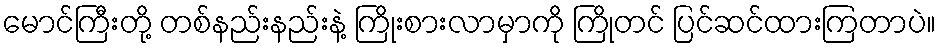
မောင်ကြီးတို့ တစ်နည်းနည်းနဲ့ ကြိုးစားလာမှာကို ကြိုတင် ပြင်ဆင်ထားကြတာပဲ။